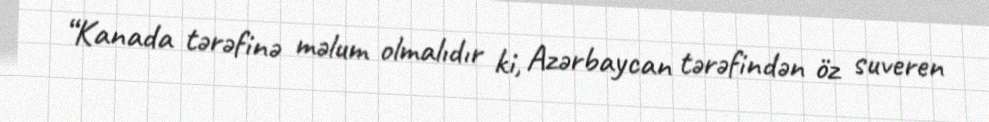
“Kanada tərəfinə məlum olmalıdır ki, Azərbaycan tərəfindən öz suveren